Sketch of the medical history of the native army of Bombay, for the year
Year: 1875
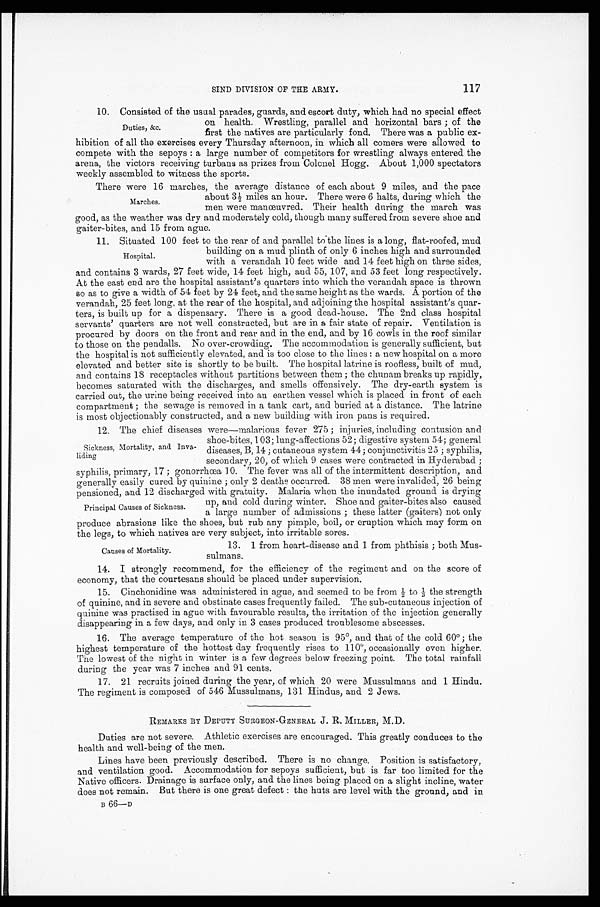
117
SIND DIVISION OF THE ARMY.
10. Consisted of the usual parades, guards, and escort duty, which had no special effect
on health. Wrestling, parallel and horizontal bars ; of the
first the natives are particularly fond. There was a public ex
-hibition of all the exercises every Thursday afternoon, in which all comers were allowed to
compete with the sepoys : a large number of competitors for wrestling always entered the
arena, the victors receiving turbans as prizes from Colonel Hogg. About 1,000 spectators
weekly assembled to witness the sports.
There were 16 marches, the average distance of each about 9 miles, and the pace
a b o u t 3 ½ m i l e s a n h o u r . T h e r e w e r e 6 h a l t s , d u r i n g w h i c h t h e
men were manoeuvred. Their health during the march was
good, as the weather was dry and moderately cold, though many suffered from severe shoe and
gaiter-bites, and 15 from ague.
11. Situated 100 feet to the rear of and parallel to the lines is a long, flat-roofed, mud
building on a mud plinth of only 6 inches high and surrounded
with a verandah 10 feet wide and 14 feet high on three sides,
and contains 3 wards, 27 feet wide, 14 feet high, and 55, 107, and 53 feet long respectively.
At the east end are the hospital assistant's quarters into which the verandah space is thrown
so as to give a width of 54 feet by 24 feet, and the same height as the wards. A portion of the
verandah, 25 feet long, at the rear of the hospital, and adjoining the hospital assistant's quar
-ters, is built up for a dispensary. There is a good dead-house. The 2nd class hospital
servants' quarters are not well constructed, but are in a fair state of repair. Ventilation is
procured by doors on the front and rear and in the end, and by 16 cowls in the roof similar
to those on the pendalls. No over-crowding. The accommodation is generally sufficient, but
the hospital is not sufficiently elevated, and is too close to the lines : a new hospital on a more
elevated and better site is shortly to be built. The hospital latrine is roofless, built of mud,
and contains 18 receptacles without partitions between them ; the chimam breaks up rapidly,
becomes saturated with the discharges, and smells offensively. The dry-earth system is
carried out, the urine being received into an earthen vessel which is placed in front of each
compartment ; the sewage is removed in a tank cart, and buried at a distance. The latrine
is most objectionably constructed, and a new building with iron pans is required.
12. The chief diseases were—malarious fever 275 ; injuries, including contusion and
shoe-bites, 103; lung-affections 52; digestive system 54; general
diseases, B, 14 ; cutaneous system 44; conjunctivitis 25 ; syphilis,
secondary, 20, of which 9 cases were contracted in Hyderabad ;
syphilis, primary, 17 ; gonorrhœa 10. The fever was all of the intermittent description, and
generally easily cured by quinine ; only 2 deaths occurred. 38 men were invalided, 26 being
pensioned, and 12 discharged with gratuity. Malaria when the inundated ground is drying
up, and cold during winter. Shoe and gaiter-bites also caused.
a large number of admissions ; these latter (gaiters) not only
produce abrasions like the shoes, but rub any pimple, boil, or eruption which may form on
the legs. to which natives are very subject, into irritable sores.
Duties, &c.
Marches.
Hospital.
Sickness, Mortality, and Inva
-liding
Principal Causes of Sickness.
Causes of Mortality.
13. 1 from heart-disease and 1 from phthisis ; both Mus
-sulmans.
14. I strongly recommend, for the efficiency of the regiment and on the score of
economy, that the courtesans should be placed under supervision.
15.Cinchonidine was administered in ague, and seemed to be from ½ to 1 / 3
t h e s t r e n g t h
of quinine, and in severe and obstinate cases frequently failed. The sub-cutaneous injection of
quinine was practised in ague with favourable results, the irritation of the injection generally
disappearing in a few days, and only in 3 cases produced troublesome abscesses.
16. The average temperature of the hot season is 95°, and that of the cold 60° ; the
highest temperature of the hottest day frequently rises to 110°, occasionally even higher.
The lowest of the night in winter is a few degrees below freezing point. The total rainfall
during the year was 7 inches and 91 cents.
17. 21 recruits joined during the year, of which 20 were Mussulmans and 1 Hindu.
The regiment is composed of 546 Mussulmans, 131 Hindus, and 2 Jews.
REMARKS BY DEPUTY SURGEON-GENERAL J. R. MILLER, M.D.
Duties are not severe. Athletic exercises are encouraged. This greatly conduces to the
health and well-being of the men.
Lines have been previously described. There is no change. Position is satisfactory,
and ventilation good. Accommodation for sepoys sufficient, but is far too limited for the
Native officers. Drainage is surface only, and the lines being placed on a slight incline, water
does not remain. But there is one great defect : the huts are level with the ground, and in
B 6 6 —
D